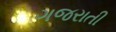
ગજરાતી